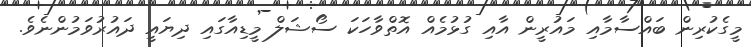
މީގެކުރިން ބައްސާމާއި މައުރީން އާއި ގުޅުމެއް އޮތްވާހަކަ ސޯޝަލް މީޑިއާގައި ދިޔައީ ދައުރުވަމުންނެވެ.